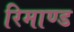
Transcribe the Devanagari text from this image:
रिमाण्ड